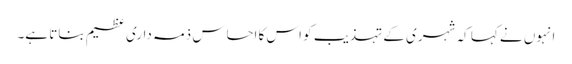
انہوں نے کہا کہ شہری کے تہذیب کو اس کا احساس ذمہ داری عظیم بناتا ہے۔